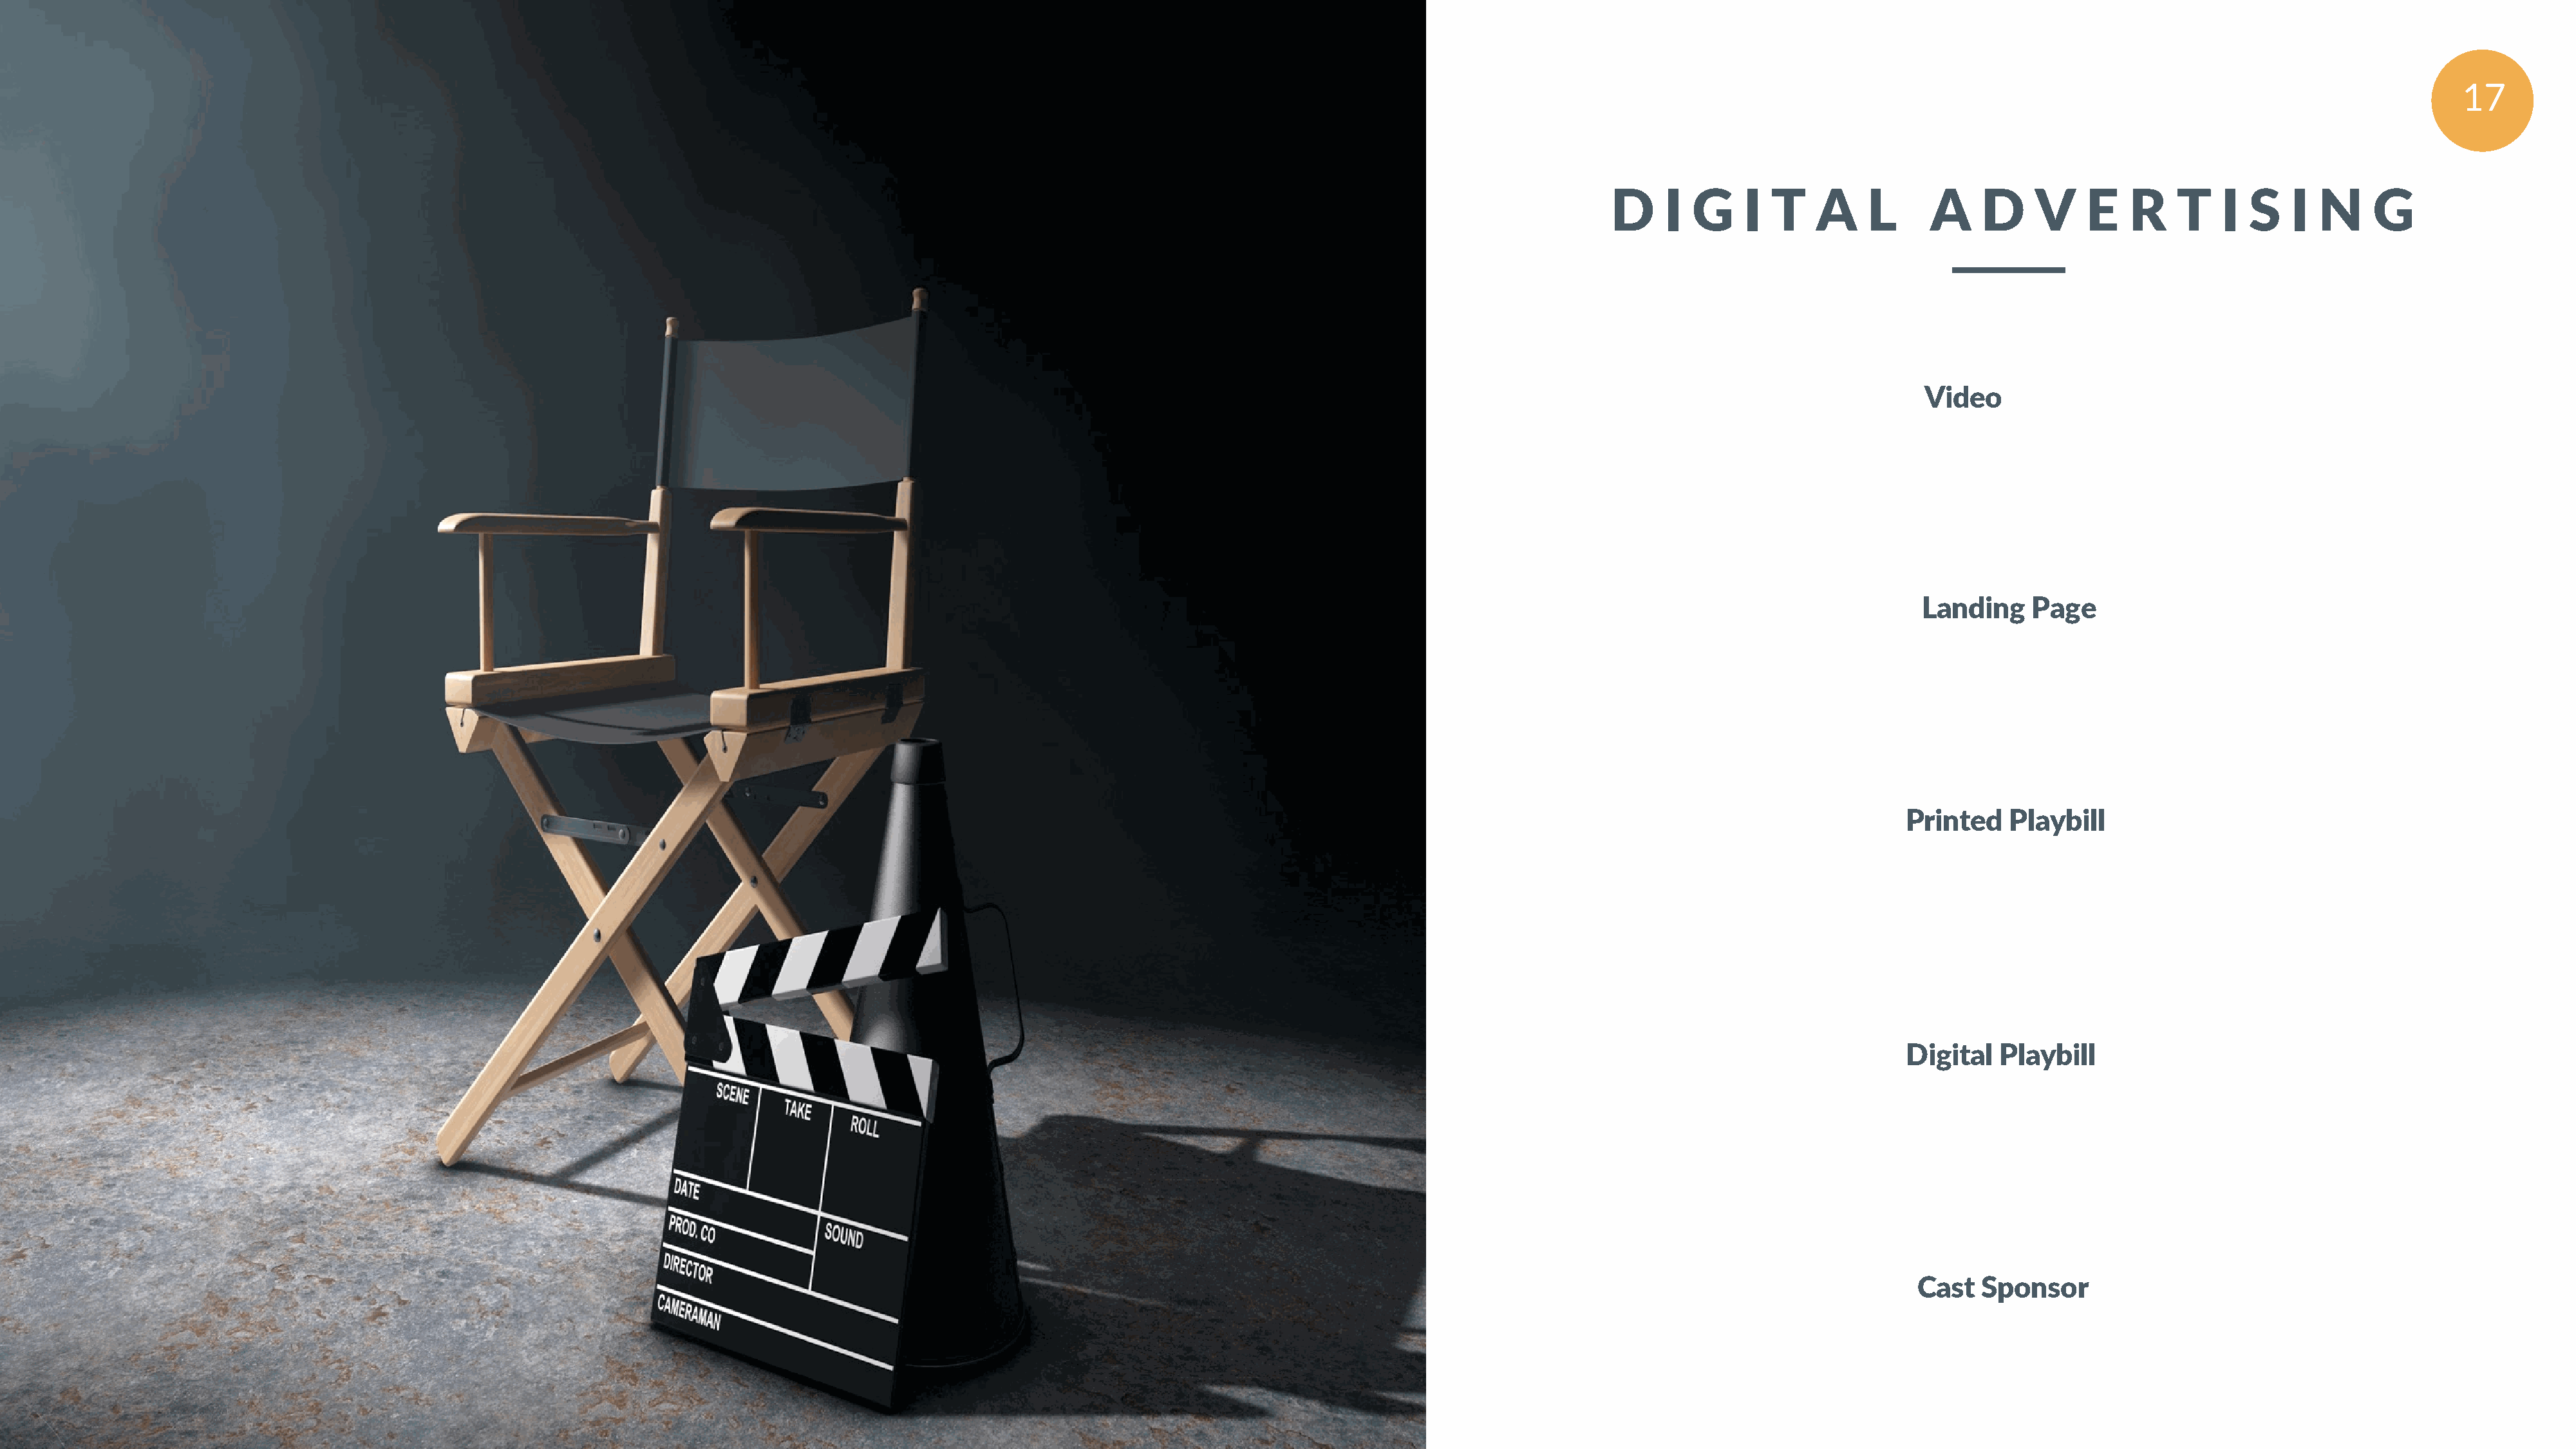
17
 D    I  G    I  T    A    L     A     D    V    E    R    T   I  S   I  N     G
 1
 Our
 Video
 Great
 Services
 2
 Landing    Page
 Frequently,     your   initial
 font   choice   is taken  out
 of  your   awesome      hands                                          3
 also  we   are  companies
 Printed    Playbill
 often   specify   a typeface,
 or  even   a set  of fonts,
 part  of  their  brand   guides
 4
 when    selecting   a  typeface
 for  body   text,  your
 Digital   Playbill
 primary    concern    should
 be  readability.
 5
 Cast   Sponsor
 soulpurposestageplay.com
 ©  2020   Broken   Vessel   Productions.   All Rights  Reserved.